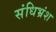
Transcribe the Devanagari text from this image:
संधिभ्रंश